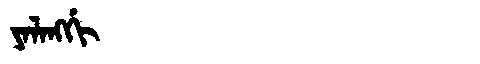
Manchu: ᠶᠠᠯᠠᠩᡤᡳ
Romanization: YALANGGI